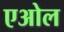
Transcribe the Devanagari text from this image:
एओल